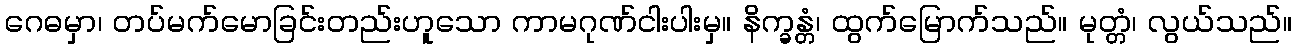
ဂေဓမှာ၊ တပ်မက်မောခြင်းတည်းဟူသော ကာမဂုဏ်ငါးပါးမှ။ နိက္ခန္တံ၊ ထွက်မြောက်သည်။ မုတ္တံ၊ လွယ်သည်။